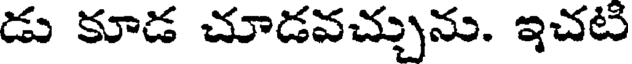
డు కూడ చూడవచ్చును. ఇచటి